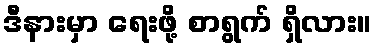
ဒီနားမှာ ရေးဖို့ စာရွက် ရှိလား။